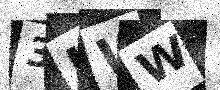
Text: 3JWW